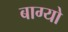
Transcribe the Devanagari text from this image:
बाग्यो